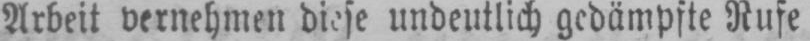
Arbeit vernehmen diese undeutlich gedämpfte Rufe